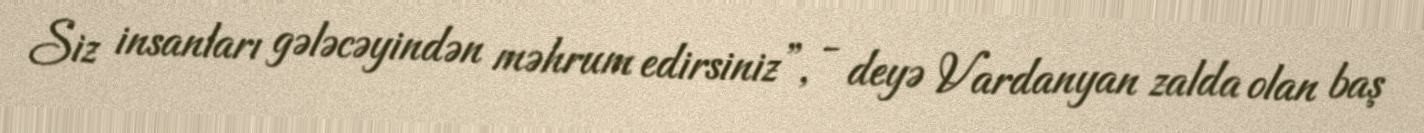
Siz insanları gələcəyindən məhrum edirsiniz”, - deyə Vardanyan zalda olan baş